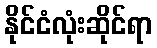
နိုင်ငံလုံးဆိုင်ရာ